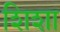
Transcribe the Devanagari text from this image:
शिशा